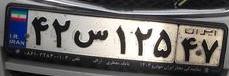
۴۲س۱۲۵۴۷